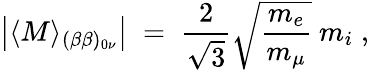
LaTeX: \left|\langle M\rangle_{(\beta\beta)_{0\nu}}\right|\; =\; \frac{2}{\sqrt{3}}\sqrt{\frac{m_{e}}{m_{\mu}}}~m_{i}\; ,